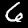
Label: 6